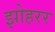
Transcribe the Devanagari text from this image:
झोहरर